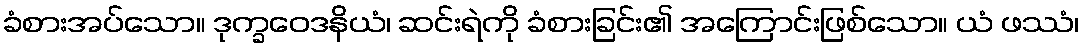
ခံစားအပ်သော။ ဒုက္ခဝေဒနိယံ၊ ဆင်းရဲကို ခံစားခြင်း၏ အကြောင်းဖြစ်သော။ ယံ ဖဿံ၊